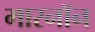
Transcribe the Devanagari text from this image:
मारनॉन